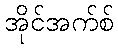
အိုင်အက်စ်